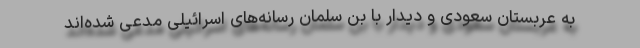
به عربستان سعودی و دیدار با بن سلمان رسانه‌های اسرائیلی مدعی شده‌اند